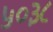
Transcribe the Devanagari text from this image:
५०३८